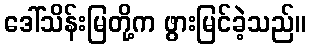
ဒေါ်သိန်းမြတို့က ဖွားမြင်ခဲ့သည်။